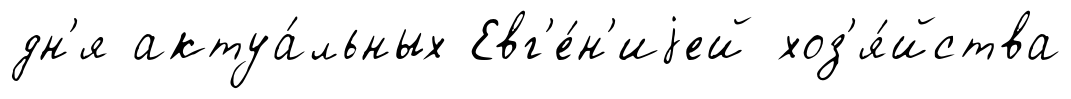
дн'я актуа́льных Евг'е́н'иjей хоз'я́йства